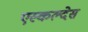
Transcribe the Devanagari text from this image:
एस्कल्देस